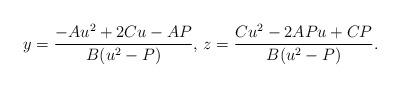
LaTeX: \begin{align*} y=\frac{-Au^2+2Cu-AP}{B(u^2-P)}, \,z=\frac{Cu^2-2APu+CP}{B(u^2-P)}.\end{align*}